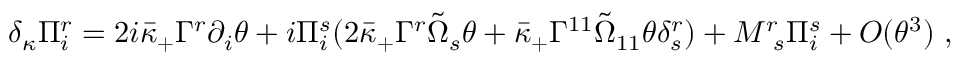
\delta _ { \kappa } \Pi _ { i } ^ { r } = 2 i \bar { \kappa } _ { + } \Gamma ^ { r } \partial _ { i } \theta + i \Pi _ { i } ^ { s } ( 2 \bar { \kappa } _ { + } \Gamma ^ { r } \tilde { \Omega } _ { s } \theta + \bar { \kappa } _ { + } \Gamma ^ { 1 1 } \tilde { \Omega } _ { 1 1 } \theta \delta _ { s } ^ { r } ) + M _ { ~ s } ^ { r } \Pi _ { i } ^ { s } + { \cal O } ( \theta ^ { 3 } ) ~ ,